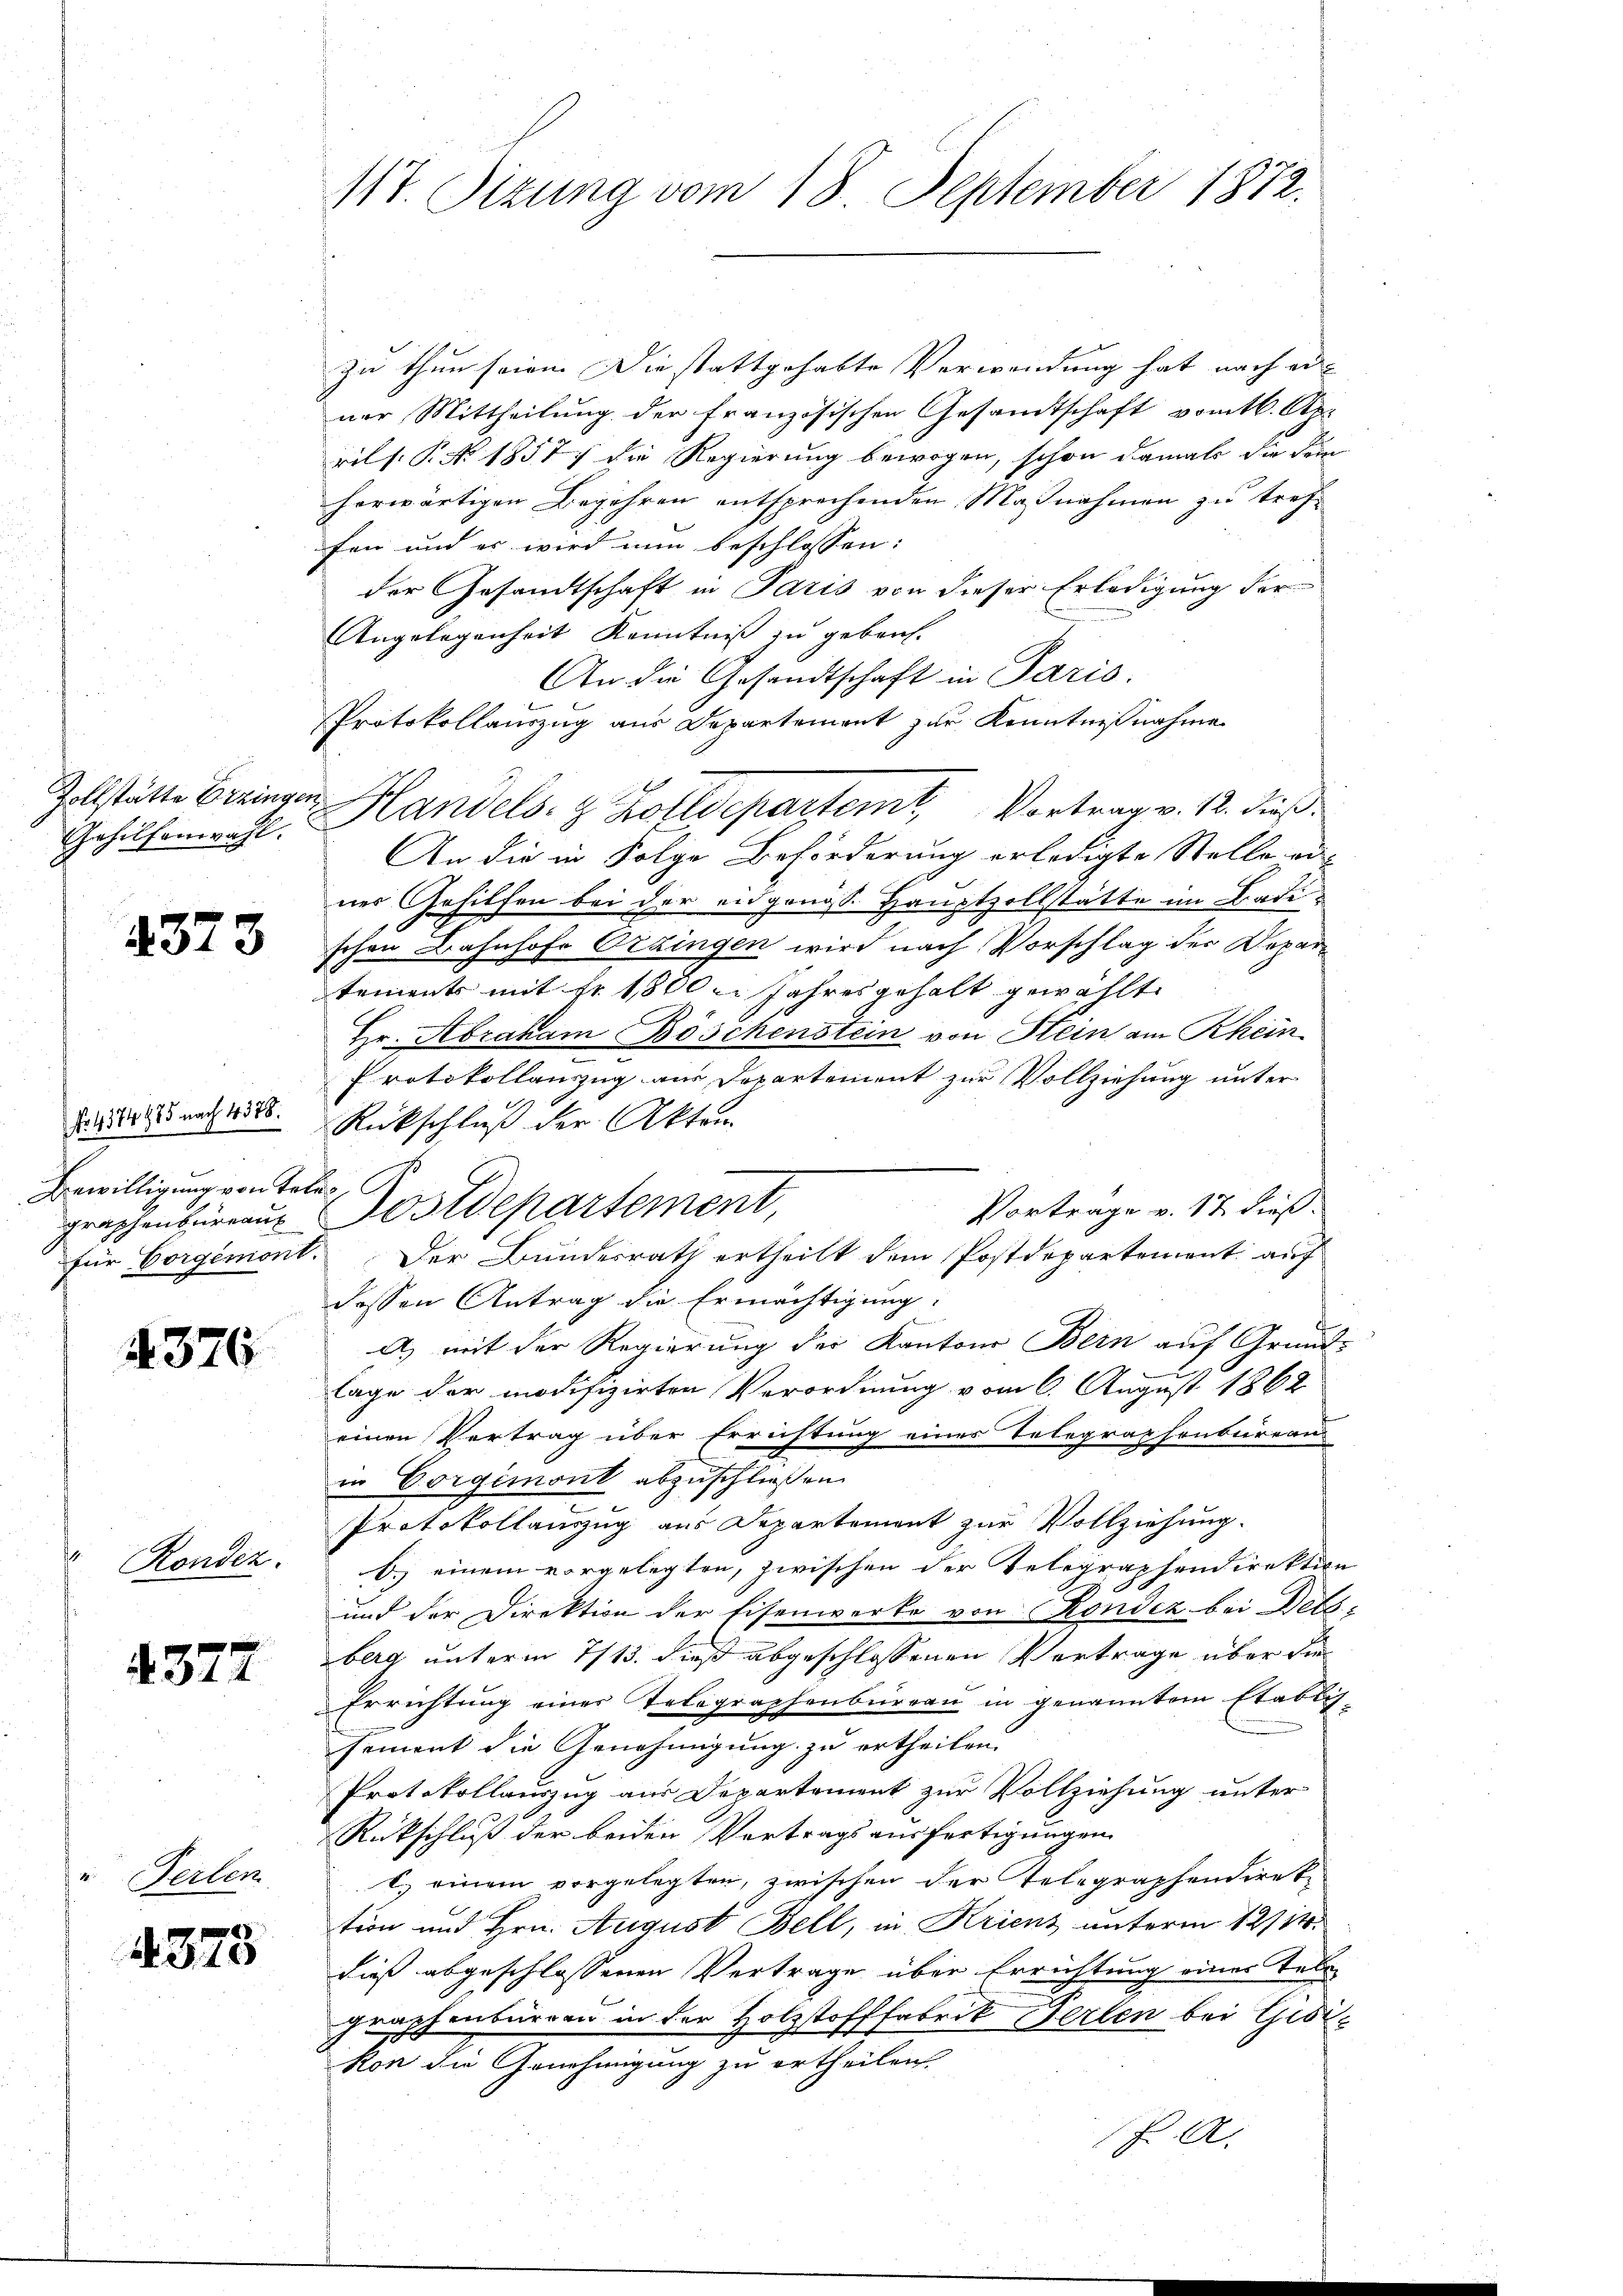
Gehilfenwahl.

1

1323

fr 4574985 nach 4386.
Bewilligung von Tele¬

4376

Ronder.

4377

Serben

4373

117. Sizung vom 18. September 1872.

zu thun seien. Die stattgehabte Verwendung hat nach ei
ner Mittheilung der französischen Gesandtschaft vom 16. Au-
rils. P. Nr. 1857 die Regierung bewogen, schon damals die dem
herwärtigen Begehren entsprechenden Maßnahmen zu treffen und es wird nun beschlossen:
der Gesandtschaft in Paris von dieser Erledigung der
Angelegenheit Kenntniß zu gebrach.
An die Gesandtschaft in Paris.
Protokollauszug aus Departement zur Kenntnißnahme
Zollstätte Beringen Handels- & Zolldepartem Vortrag v. 12. dieß.
An die in Folge Beförderung erledigte Stelle ad
ner Gehilfen bei der eidgenöss. Hauptzollstätte im Badischen Bahnhofe Ozzingen wird nach Vorschlag der Departements mit Fr. 1800. Jahres gehalt gewählt.
Hr. Abraham Böschenstein von Stein am Rhein
Protokollanzug aus Departement zur Vollziehung unter
Rückschluß der Akten.
Vortrage v. 17 dieß
graphenbüreaus Postdepartement,
für Corgemont. Der Bundesrath ertheilt dem Postdepartement auf
dossen Antrag die Ermächtigung:
A) mit der Regierung der Kantons Bern auf Grund-
lage der modifizirten Verordnung vom 6. August 1862
einen Vertrag über Errichtung eines Telegraphenbureau
in Corgemont abzuschließen.
c
Protokollanzzug aus Departement zur Vollziehung.
b.) einem vorgelegten, zwischen der Telegraphendirektio
und der Direktion der Eisenwerke von Condiz bei Deta
berg unterm 7/13. dieß abgeschlossenen Vertrage über die
Errichtung einer Telegraphenbureau in genanntem Etablich-
sement die Genehmigung zu ertheilen.
Protokollauszug aus Departement zur Vollziehung unter
Rückschluß der beiden Vertragsausfertigungen
b. einem vorgelegten, zwischen der Telegraphendirektion und Hrn. August Bell, in Krienz unterm 12/14.
dieß abgeschlossenen Vertrage über Errichtung einer Tele
graphenburgen in der Holzstofffabrik Ferlen bei Gisikon die Genehmigung zu ertheilen.
A.